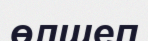
өлшеп